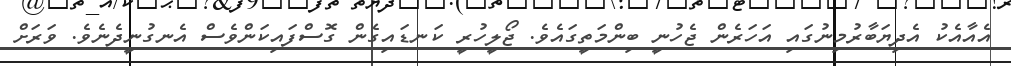
އެއާއެކު އެދިޔަބާރުމިނުގައި އަހަރެން ޖެހުނީ ބިންމަތީގައެވެ. ޖޯލީހުރީ ކަނޑައިގެން ގޮސްފައިކަންވެސް އެނގުނީދެނެވެ. ވަރަށް